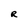
Character: R